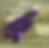
ক